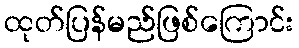
ထုတ်ပြန်မည်ဖြစ်ကြောင်း